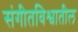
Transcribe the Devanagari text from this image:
संगीतविश्वातील